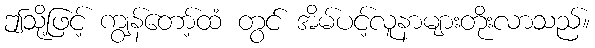
ဤသို့ဖြင့် ကျွန်တော့်ထံ တွင် အိမ်ပင့်လူနာများတိုးလာသည်။